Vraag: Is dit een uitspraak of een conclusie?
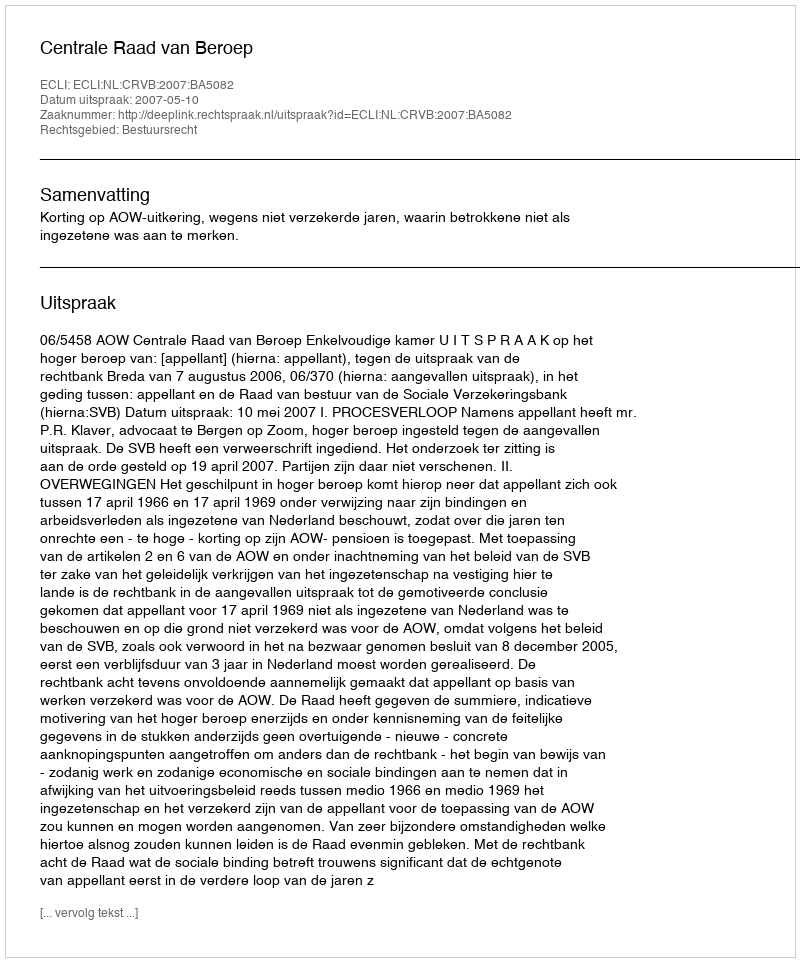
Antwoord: Uitspraak